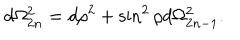
LaTeX: d \Omega _ { 2 n } ^ { 2 } = d \rho ^ { 2 } + \sin ^ { 2 } \rho d \Omega _ { 2 n - 1 } ^ { 2 } .